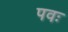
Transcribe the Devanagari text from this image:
पवः